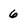
Character: 6